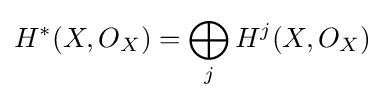
H^{*}(X,O_{X})=\bigoplus _{j}H^{j}(X,O_{X})